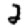
Digit: 2